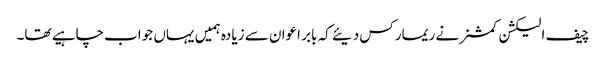
چیف الیکشن کمشنر نے ریمارکس دیئے کہ بابر اعوان سے زیادہ ہمیں یہاں جواب چاہیے تھا۔